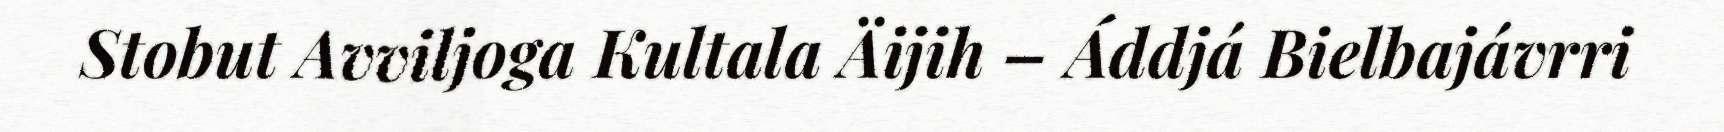
Stobut Avviljoga Kultala Äijih – Áddjá Bielbajávrri